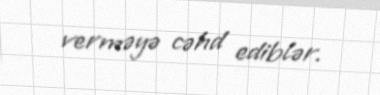
verməyə cəhd ediblər.